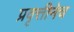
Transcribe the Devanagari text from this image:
प्रवृत्तीनेच